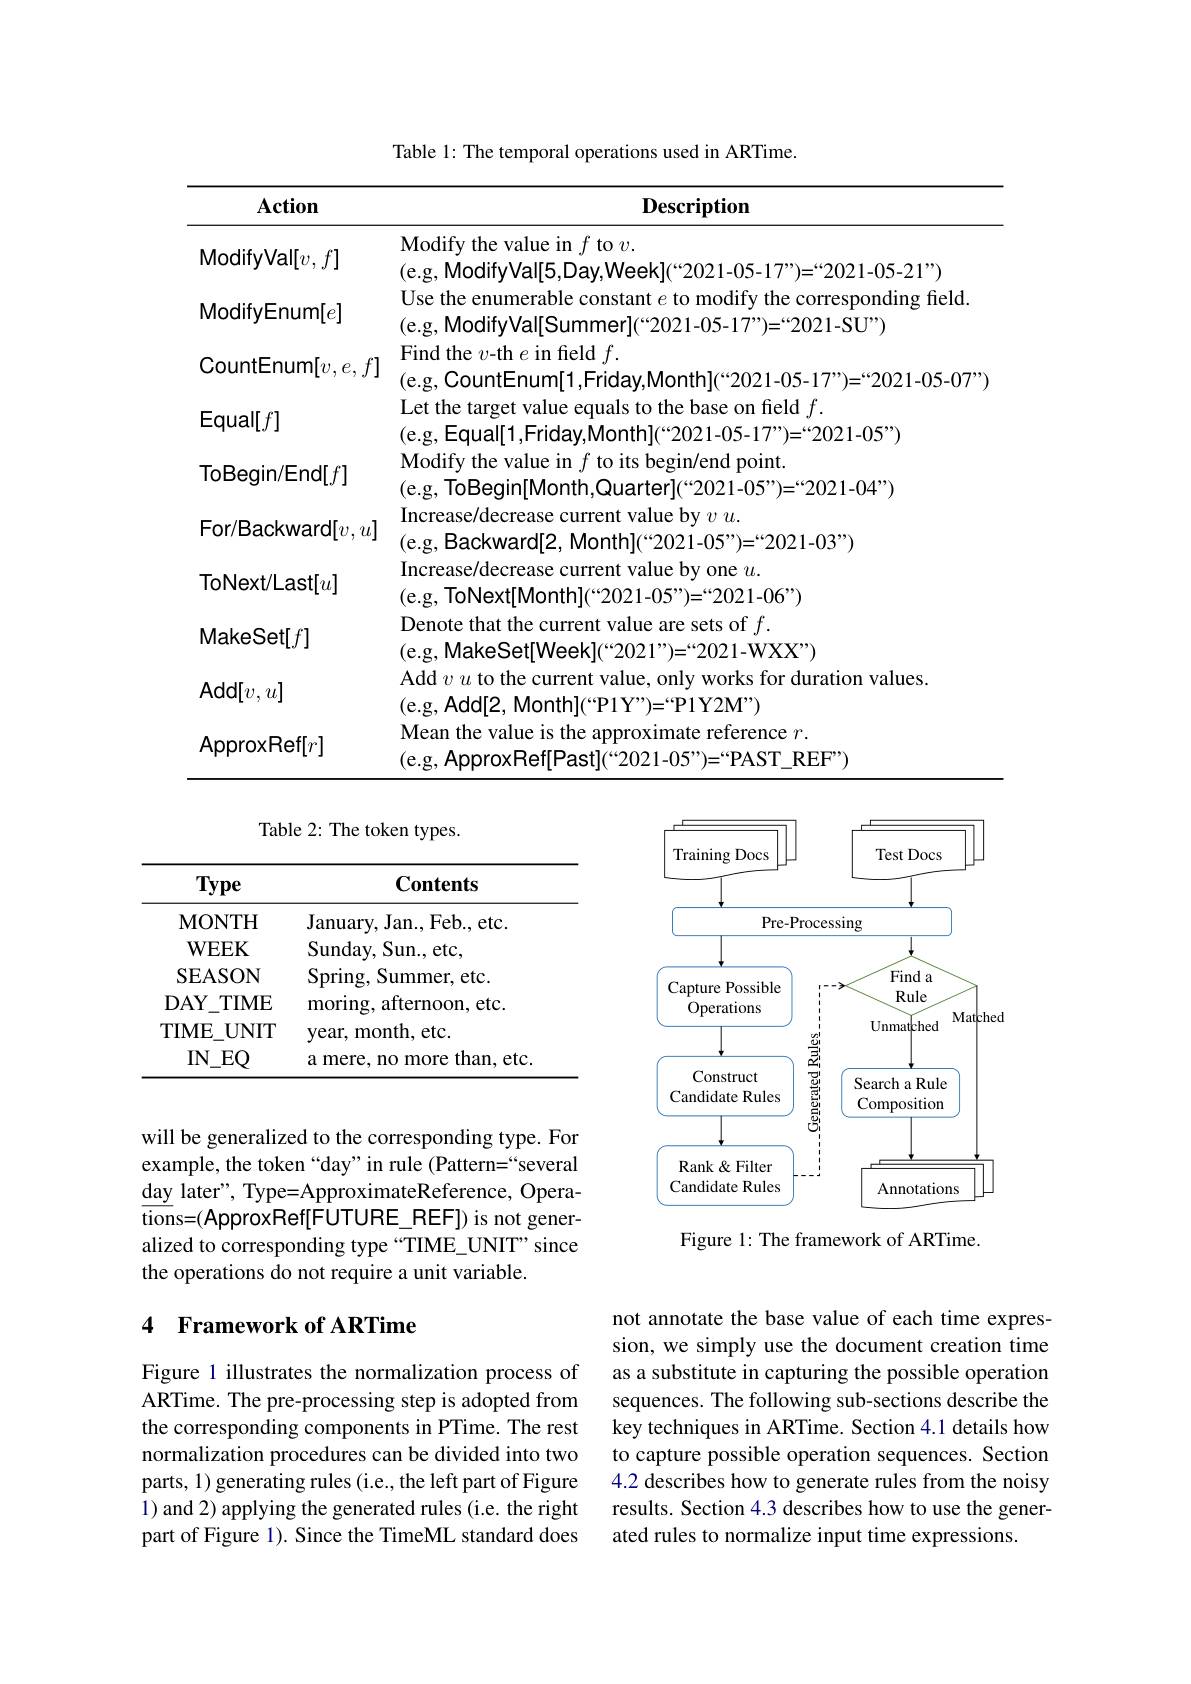
Table 1: The temporal operations used in ARTime.
<table>
	<tbody>
		<tr>
			<th>$\mathbf{Action}$</th>
			<th>$\mathbf{Description}$</th>
		</tr>
		<tr>
			<td>ModifyVal[$v,f]$</td>
			<td>${\mathbf{M}}$odify the value in $f$ to $v.$ (e.g, ModifyVal[5,Day,Week](“2021-05-17”)=“2021-05-21”)\:(\:e.g,\:ModifyVal[5,Day,Week](“2021-05-17”)=“2021-05-21”)\:(\:e.g,\:ModifyVal[5,Day,Week](“2021-05-17”)=“22021-05-21”)\:(\:e.g,\:p)\:(\:e.g,\:ModifyVal[5,Day,Week](“2021-05-17”)=“2021-05-21”)\:(\:e.g,\:p,\:p,\:p</td>
		</tr>
		<tr>
			<td>ModifyEnum[e]</td>
			<td>Use the enumerable constant $e$ to odıty the correspondıng neld. </td>
		</tr>
		<tr>
			<td>$\mathsf{CountEnum}[v,e,f]$</td>
			<td>Find the $v$-th $e$ in field $f.$ (e.g, CountEnum[1,Friday,Month](“2021-05-17”)=“2021-05-07”,</td>
		</tr>
		<tr>
			<td>$\mathsf{Equal[f]}$</td>
			<td>Let the target value e on neld T (e.g, Equal[1,Friday,Month](“2021-05-17”)=“2021-05”)\:(\:e.g,\:Equal|\:1,\:Friday,Month](“2021-05-17”)=“2021-05”)\:(\:e.g,\:Equal|\:1,\:Friday,Month](“2021-05-17”)=“2021-05”)\:,\:(\:e.g,\:Equal|\:1,\:Friday,\:Month](\:``2021-05-17”)=“2021-05”)\:(\:e.g,\:e.~p,~p,~p,~p,~p,~p</td>
		</tr>
		<tr>
			<td>ToBegin/End[f]</td>
			<td>Modify the value in $f$ to its begin/end point. (e.g, ToBegin[Month,Quarter](“2021-05”)=“2021-04”)\:(\:e.g,\:ToBegin[\:Month,Quarter](“2021-05”)=“2021-04”)\:(\:e.g,\:ToBegin[\:Month,Quarter](“2021-05”)=“2021-04”)\:(\:e.g)\:(\:e.g,\:ToBegin[\:Month,Quarter](“2021-05”)=“2021-04”)\:(\:e.g)\:(\:e.g,\:Tob)\:(\:e.g,\:Tog)\:(\:e,</td>
		</tr>
		<tr>
			<td>For/Backward[v,u]</td>
			<td>Increase/decrease current value by $v$ $u.$ (e.g, Backward[2, Month](“2021-05”)=“2021-03”)\:(\:e.g,\:Backward[2, Month](“2021-05”)=“2021-03”)\:(\:e.g,\:Backward[2,\:Month](“2021-05”)=“2021-03”)\:(\:e.g,\:Backward[2,\:Month](“2021-05”)=“2021-03”)\:(\:e.g,\:Backward[2,~Month](“2021-05”)=“2021-03”)\:(\:e.\:p)\:(\:e.\:</td>
		</tr>
		<tr>
			<td>ToNext/Last[u]</td>
			<td>Increase/decrease current value by one $u.$ (e.g, ToNext[Month](“2021-05”)=“2021-06”)\:(\:e.g,\:ToNext[Month](“2021-05”)=“2021-06”)\:(\:e.g,\:ToNext[Month](“2021-05”)=“2021-06”)\:(\:e.g,\:ToNext[Mo21-05”)=“2021-06”)\:(\:e.g,\:ToNext[Month](“2021-05”)=“2021-06”)\:(\:e.g,\:p)\:(\:e.g,\:ToNext[Month](“2021-05”)=“202</td>
		</tr>
		<tr>
			<td>MakeSet[$f]$</td>
			<td>Denote that the current value are sets of $f.$ (e.g, MakeSet[Week](“2021”)=“2021-WXX")\:(\:e.g,\:MakeSet[Week](“2021”)=“2021-WXX")\:(\:e.g,\:MakeSet[Week](“2021”)=“2021-WXX")\:(\:e.g,\:p)\:(\:e.g,\:MakeSet[Week](“2021”)=“2021-WXX")\:(\:e.g,\:p)\:(\:e.g,\:p)\:(\:e.g,\:MakeSet[Week](“2021”)=“2021-WXX")\:(\:e.g,\:p)\:(\:e.~p,\:</td>
		</tr>
		<tr>
			<td>$\mathsf{Add}[v,u]$</td>
			<td>Add $v$ to the current value, only works for duration values. </td>
		</tr>
		<tr>
			<td>ApproxRef[r]</td>
			<td>Mean the value is the approximate reference $r.$ (e.g, ApproxRef[Past](“2021-05”)=“PAST\_REF”)\:(\:e.g,\:ApproxRef[Past](“2021-05”)=“PAST—REF”)\:(\:e.g,\:ApproxRef[Past](“2021-05”)=“PAST-REF”)\:(\:e.g,\:ApproxRef[Past](“2021-05”)=“PAST-REF”)\:(\:e.g,\:ApproxRef[\:2021-05”)=“PAST-REF”)\:(\:e.g,\:p,\:p,\:p,\:p,\:p,\:p,\:p,\:p</td>
		</tr>
	</tbody>
</table>

<FigureHere>

Figure 1: The framework of ARTime.
alized to corresponding type “TIME\_UNIT” since

will day the operations do not require a unit variable.

## 4 Framework of ARTime

not annotate the base value of each time expression, we simply use the document creation time as a substitute in capturing the possible operation sequences. The following sub-sections describe the key techniques in ARTime. Section 4.1 details how to capture possible operation sequences. Section 4.2 describes how to generate rules from the noisy results. Section 4.3 describes how to use the generated rules to normalize input time expressions.

Figure 1 illustrates the normalization process of ARTime. The pre-processing step is adopted from the corresponding components in PTime. The rest normalization procedures can be divided into two parts, 1) generating rules (i.e., the left part of Figure 1) and 2) applying the generated rules (i.e. the right part of Figure 1). Since the TimeML standard does